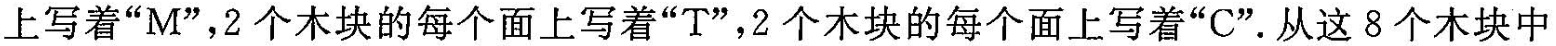
上写着“M”，2个木块的每个面上写着“T”，2个木块的每个面上写着“C”。从这8个木块中